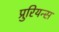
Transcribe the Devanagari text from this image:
प्रुरियन्स